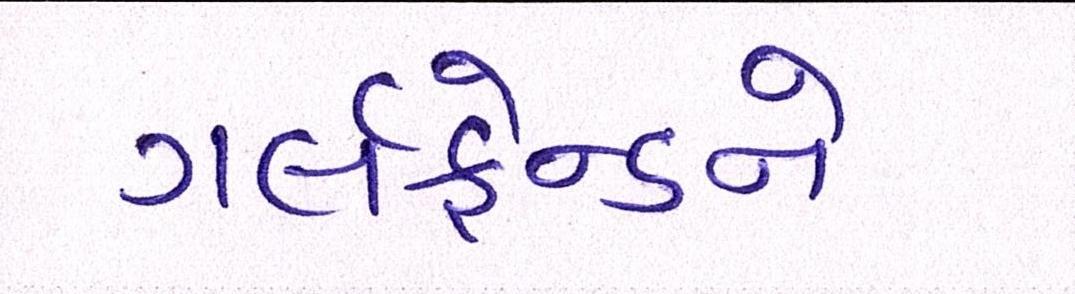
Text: ગર્લફ્રેન્ડને